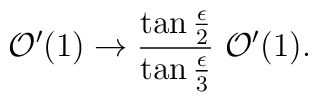
{\cal O}' (1) \to  \frac{\tan \frac{\epsilon}{2}}       {\tan \frac{\epsilon}{3}}~ {\cal O}' (1).